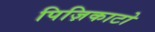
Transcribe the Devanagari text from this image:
पिज़िकाटो